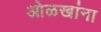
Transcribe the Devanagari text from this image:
ओळखांना